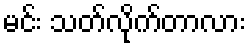
မင်း သတ်လိုက်တာလား